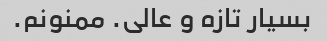
بسیار تازه و عالی. ممنونم.